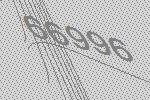
66996